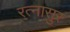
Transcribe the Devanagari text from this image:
रत्‍नासुर